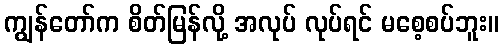
ကျွန်တော်က စိတ်မြန်လို့ အလုပ် လုပ်ရင် မစေ့စပ်ဘူး။